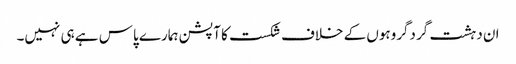
ان دہشت گردگروہوں کے خلاف شکست کا آپشن ہمارے پاس ہے ہی نہیں۔